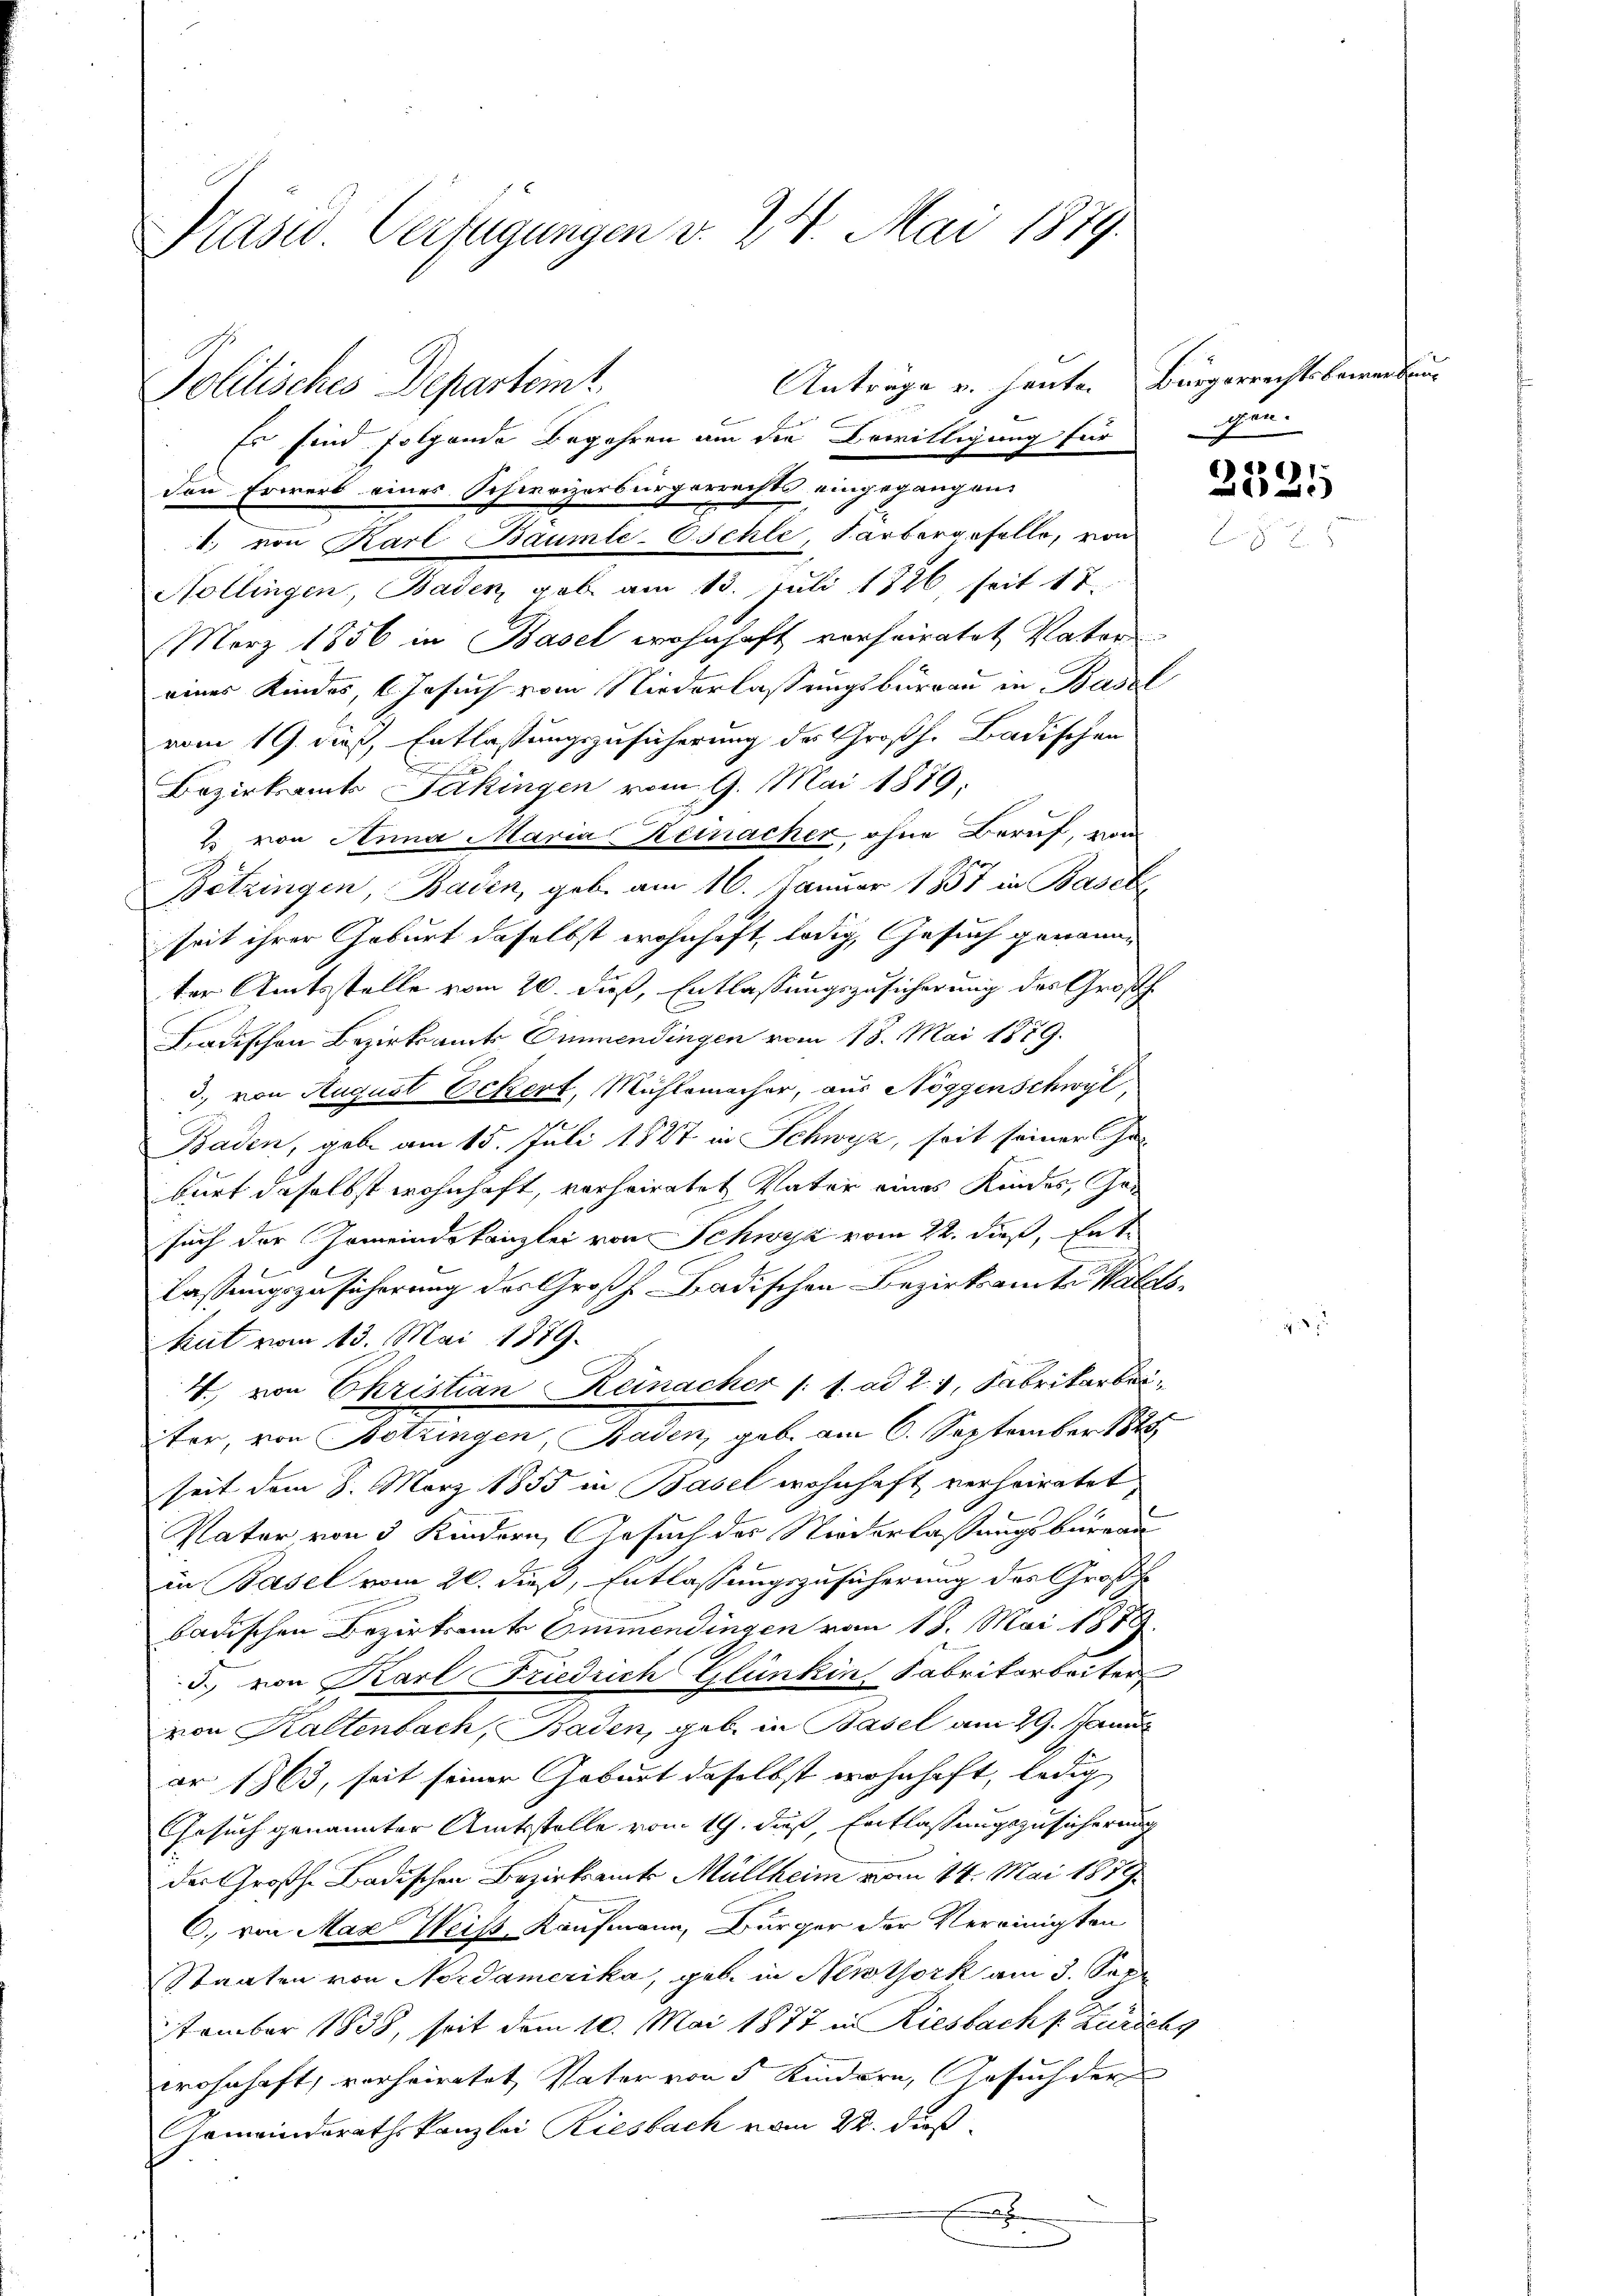
Präsid Verfügungen v. 24. Mai 1879.
Anträge v. heute. Bürgerrechtsbewerbung
Politisches Departemt
Er sind folgende Begehren am die Bewilligung für

den Erwerb eines Schweizerbürgerrechts eingegangen.
1., von Karl Baumle-Osehle Sarborgeselle, von
Nollingen, Baden, geb. am 13. Juli 1826 seit 17.
März 1856 in Basel wohnhaft vorheiratet, Vater
eines Kindes, Gesuch vom Niederlassungsburgau in Basel
vom 19. dieß, Entlassungszusicherung des Großh. Badischen
Bezirksamts Jakingen vom 9. Mai 1879,
2 von Anna Maria Keinacher, ohne Beruf, von
Bötzingen, Baden, geb. am 16. Januar 1857 in Basek
seit ihrer Geburt daselbst wohnhaft, ledig, Gesuch genanne
ter Amtsstelle vom 20. daß, Entlassungszusicherung des Großhe
Badischen Bezirksamt Emmendingen vom 18. Mai 1879.
3. von August Eckert, Mühlemacher, aus Noggenschwyl,
Baden, gebe am 15. Juli 1847 in Schwyz, seit seiner He
burt daselbst wohnhaft, verheiratet Vater eines Kindes, Jasuch der Gemeindskanzlei von Schwyz vom 22. dieß, Entlassungszusöhrrung des Großh. Badischen Bezirksamte Waldskut vom 13. Mai 1879.
4., von Ehristian Reinacher (s. ad 2. 4., Fabrikarbei
ihen, von Hebungen, Baden, geb. am 6. September 188
seit dem 8. März 1855 in Basel wohnhaft verheiratet
Vater von 3 Kindern, Gesuch der Niederlassungsbureau
in Basel vom 20. dieß, Entlassungszusicherung des Große
badischen Bezirksamts Emmendingen vom 18. Mai 1889.
5. von Karl Friedrich Glünkin Fabrikarbeiter
von Kaltenbach, Baden, geb. in Basel am 29. Janu
ar 1863, seit seiner Geburt daselbst wohnhaft, ledig
Gesuch genannter Amtsstelle vom 19. dieß, Entlassungszusicherung
der Großh. Badischen Bezirksamts Müllheim vom 14. Mai 1889.
C. von Max Weiss Kaufmann, Bürger der Vereinigten
Staaten von Nordamerika, geb. in Newtork am 3. Sep
tember 1838, soit dem 10. Mai 1877 in Riesbach s. Zürichs
wohnhaft, verheiratet, Vater von 5 Kindern, Gesuch der
Gemeindesrathskanzlei Riesbach vom 22. daß
.

pen.

)